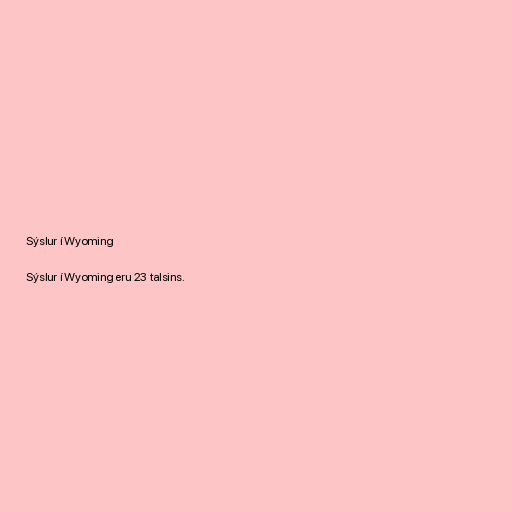
Sýslur í Wyoming

Sýslur í Wyoming eru 23 talsins.